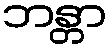
ဘန္တာ